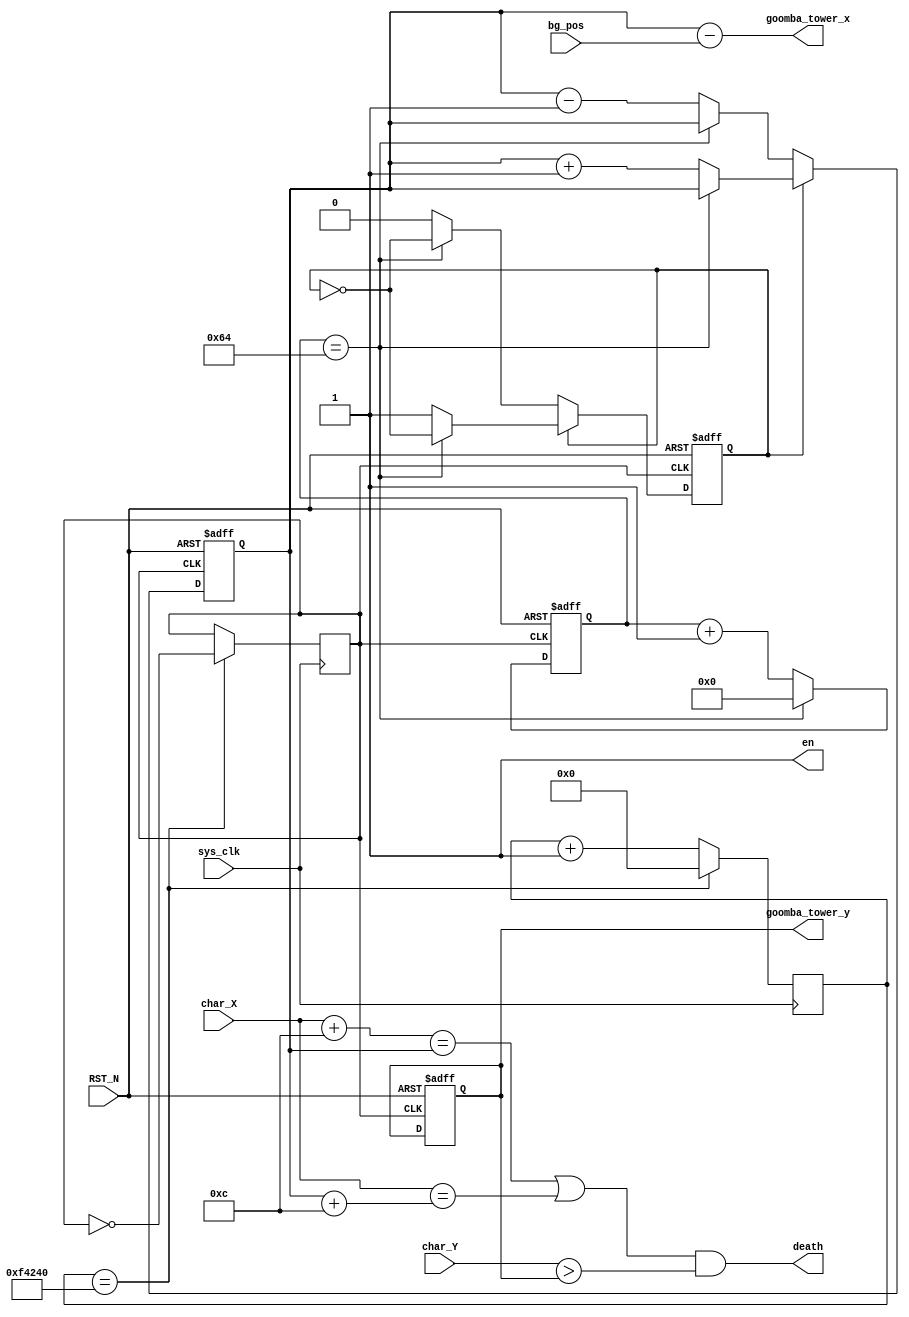
`timescale 1ns / 1ps


module GOOMBA_TOWER(input sys_clk,
	                input  [9:0] char_X,
	                input  [9:0] char_Y,
	                input  [9:0] bg_pos,
	                input RST_N,
                    output wire [9:0] goomba_tower_x,
                    output wire [9:0] goomba_tower_y,
                    output death,
                    output en
);
  reg [9:0] goomba_tower_x_r = 10'd124;
  reg [9:0] goomba_tower_y_r = 10'd390;
  reg state = 0;
  reg [9:0] mov_counter = 0;
  reg clk_10Hz = 1;
  reg [25:0] clk_counter = 0;
  reg enable = 1'b1;
 assign death = ((char_X + 10'd12 == goomba_tower_x_r) | (char_X == goomba_tower_x_r + 10'd12)) & (char_Y > goomba_tower_y_r) ;
 assign en = enable;
  always@(posedge clk_10Hz or negedge RST_N)
    begin
      if(!RST_N)
        begin
          goomba_tower_x_r <= 10'd112;
          goomba_tower_y_r <= 10'd366;
          state <= 0;
          mov_counter <= 0;
        end
      else if(!state)
        begin
          if(mov_counter == 100)
            begin
              mov_counter <= 0;
              state <= ~state;
            end
          else
            begin
              goomba_tower_x_r <= goomba_tower_x_r - 1;
              mov_counter <= mov_counter + 1;
            end
        end      
      else
        begin
          if(mov_counter == 100)
            begin
              mov_counter <= 0;
              state <= ~state;
            end
          else
            begin
              goomba_tower_x_r <= goomba_tower_x_r + 1;
              mov_counter <= mov_counter + 1;
            end
        end
    end
 
  assign goomba_tower_x = goomba_tower_x_r - bg_pos;
  assign goomba_tower_y = goomba_tower_y_r;
  
  
  always@(posedge sys_clk)
    begin
      if(clk_counter  == 1000000)
        begin
          clk_counter <= 0;
          clk_10Hz <= ~clk_10Hz;
        end
      else
        clk_counter <= clk_counter + 1;
    end

endmodule